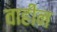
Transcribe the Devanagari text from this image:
वाहीन